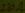
Text: 220Ω